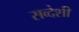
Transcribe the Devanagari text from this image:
सव्देशी